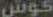
کوش